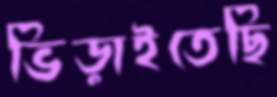
ভিড়াইতেছি